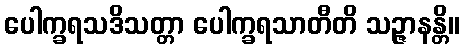
ပေါက္ခရသဒိသတ္တာ ပေါက္ခရသာတီတိ သဉ္ဇာနန္တိ။